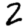
Digit: 2